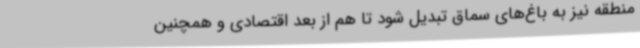
منطقه نیز به باغ‌های سماق تبدیل شود تا هم از بعد اقتصادی و همچنین